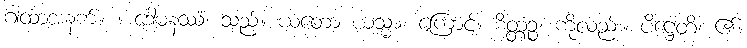
ဂါထာအနက်။ ။ ဒေါမနဿံ၊ သည်။ ယတော ယသ္မာ၊ ကြောင့်။ စိတ္တဉ္စ၊ ကိုလည်း။ ပိဋ္ဌေတိ၊ ၏။